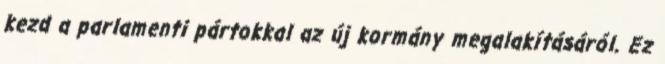
kezd a parlamenti pártokkal az új kormány megalakításáról. Ez